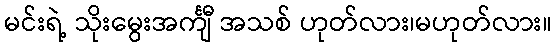
မင်းရဲ့ သိုးမွေးအင်္ကျီ အသစ် ဟုတ်လား၊မဟုတ်လား။